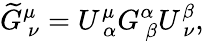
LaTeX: \widetilde{G}_{\ \nu}^{\mu}=U_{\ \alpha}^{\mu}G_{\ \beta}^{\alpha}U_{\ \nu}^{\beta},